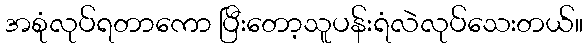
အစုံလုပ်ရတာကော ပြီးတော့သူပန်းရံလဲလုပ်သေးတယ်။